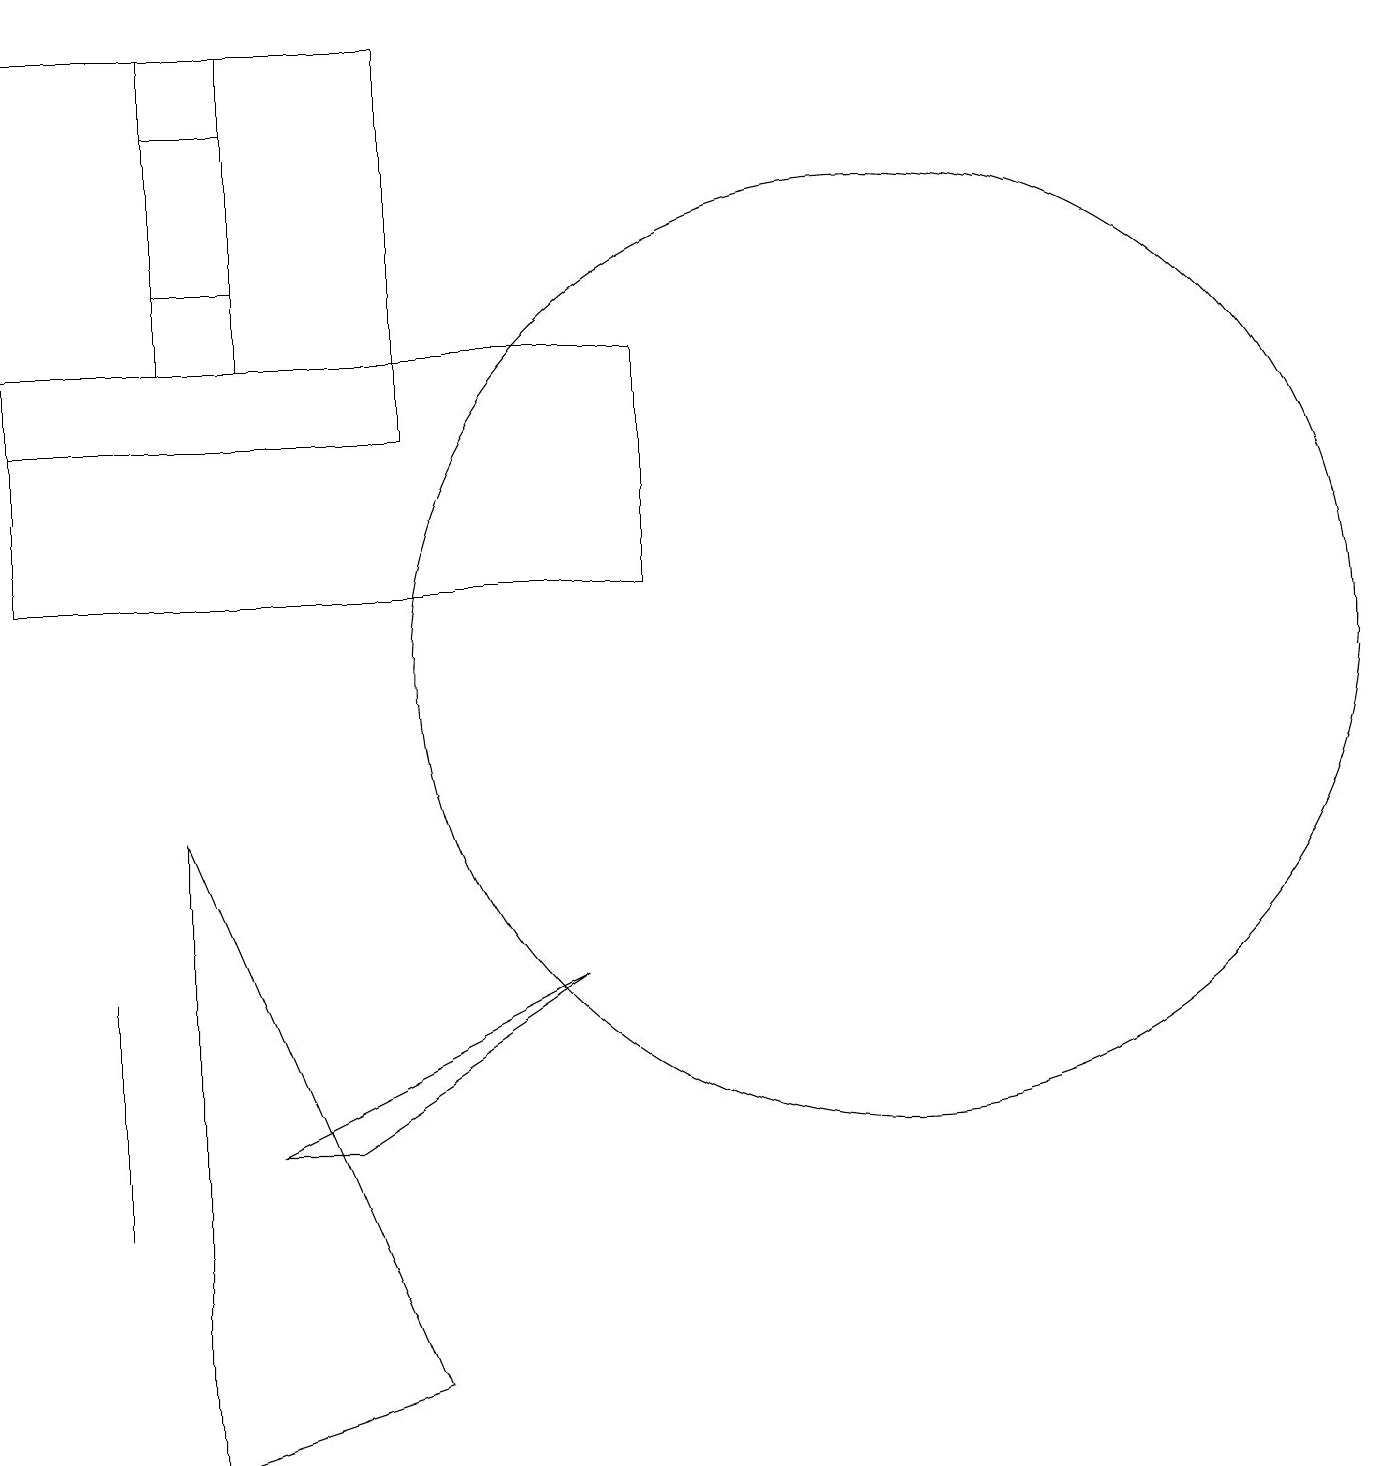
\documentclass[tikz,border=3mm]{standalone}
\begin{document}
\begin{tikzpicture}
\draw (2,4) -- (2,5) -- (2,7) -- cycle;
\draw (1,12) rectangle (9,15);
\draw (1,14) rectangle (6,19);
\draw (3,18) rectangle (4,16);
\draw (12,11) circle (6);
\draw (5,5) -- (8,7) -- (4,5) -- cycle;
\draw (3,1) -- (3,9) -- (6,2) -- cycle;
\draw (3,19) rectangle (4,15);
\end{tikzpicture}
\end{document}